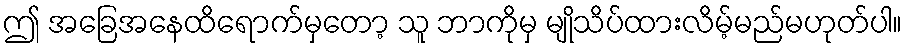
ဤ အခြေအနေထိရောက်မှတော့ သူ ဘာကိုမှ မျိုသိပ်ထားလိမ့်မည်မဟုတ်ပါ။